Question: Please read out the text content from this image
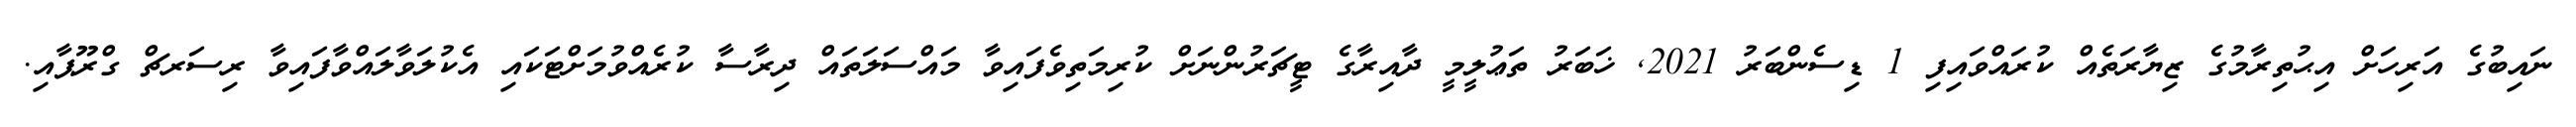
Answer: ނައިބުގެ އަރިހަށް އިޙުތިރާމުގެ ޒިޔާރަތެއް ކުރައްވައިފި 1 ޑިސެންބަރު 2021, ޚަބަރު ތަޢުލީމީ ދާއިރާގެ ޓީޗަރުންނަށް ކުރިމަތިވެފައިވާ މައްސަލަތައް ދިރާސާ ކުރެއްވުމަށްޓަކައި އެކުލަވާލައްވާފައިވާ ރިސަރޗް ގްރޫޕާއި.